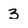
Character: 3